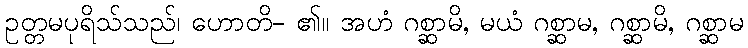
ဥတ္တမပုရိသ်သည်၊ ဟောတိ- ၏။ အဟံ ဂစ္ဆာမိ, မယံ ဂစ္ဆာမ, ဂစ္ဆာမိ, ဂစ္ဆာမ